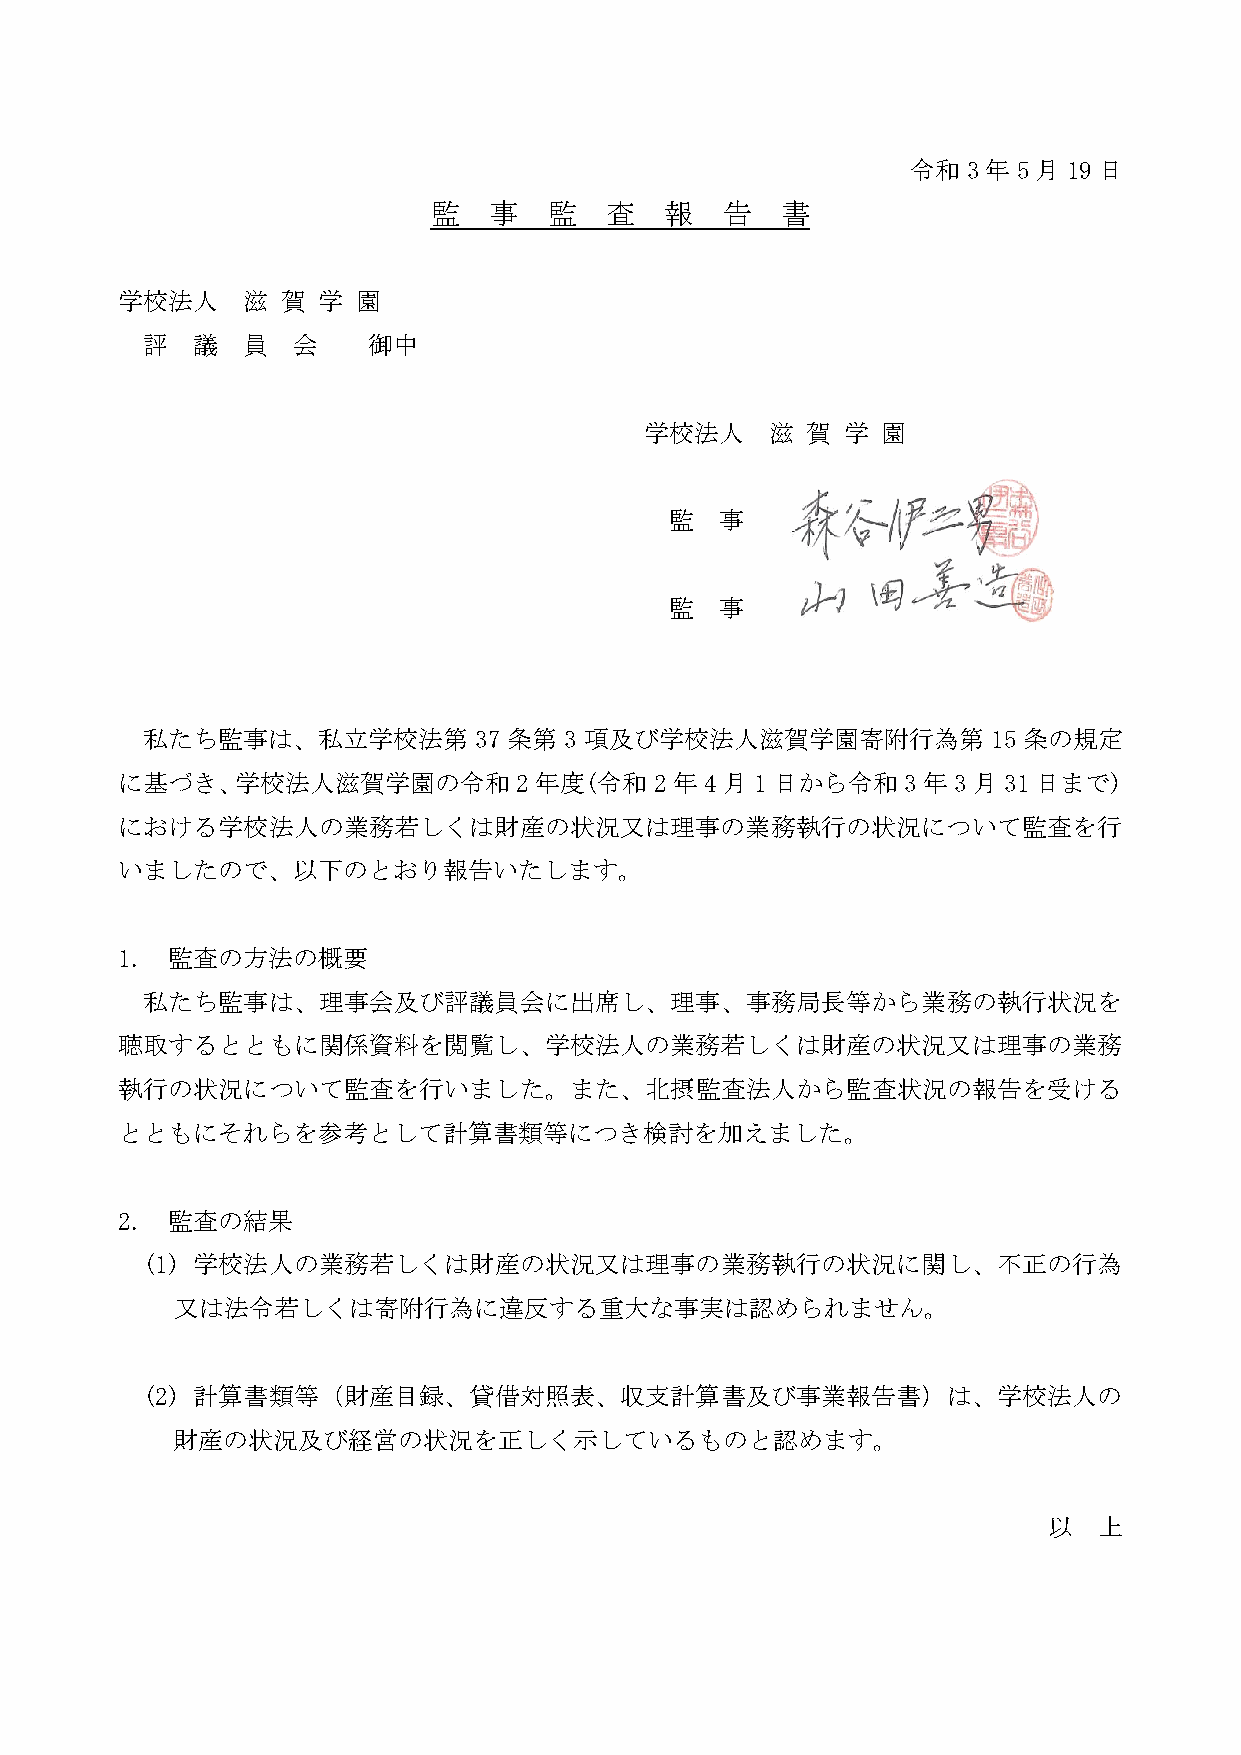
令和3年5月19日
 監  事   監   査   報   告   書
 学校法人    滋  賀 学  園
 評   議  員  会    御中
 学校法人    滋 賀  学 園
 監   事    森谷  伊三男
 監   事    山田  善造
 私たち監事は、私立学校法第         37 条第 3 項及び学校法人滋賀学園寄附行為第           15 条の規定
 に基づき、学校法人滋賀学園の令和          2年度(令和   2年4月1日から令和       3年3月31日まで)
 における学校法人の業務若しくは財産の状況又は理事の業務執行の状況について監査を行
 いましたので、以下のとおり報告いたします。
 1. 監査の方法の概要
 私たち監事は、理事会及び評議員会に出席し、理事、事務局長等から業務の執行状況を
 聴取するとともに関係資料を閲覧し、学校法人の業務若しくは財産の状況又は理事の業務
 執行の状況について監査を行いました。また、北摂監査法人から監査状況の報告を受ける
 とともにそれらを参考として計算書類等につき検討を加えました。
 2. 監査の結果
 (1) 学校法人の業務若しくは財産の状況又は理事の業務執行の状況に関し、不正の行為
 又は法令若しくは寄附行為に違反する重大な事実は認められません。
 (2) 計算書類等（財産目録、貸借対照表、収支計算書及び事業報告書）は、学校法人の
 財産の状況及び経営の状況を正しく示しているものと認めます。
 以   上